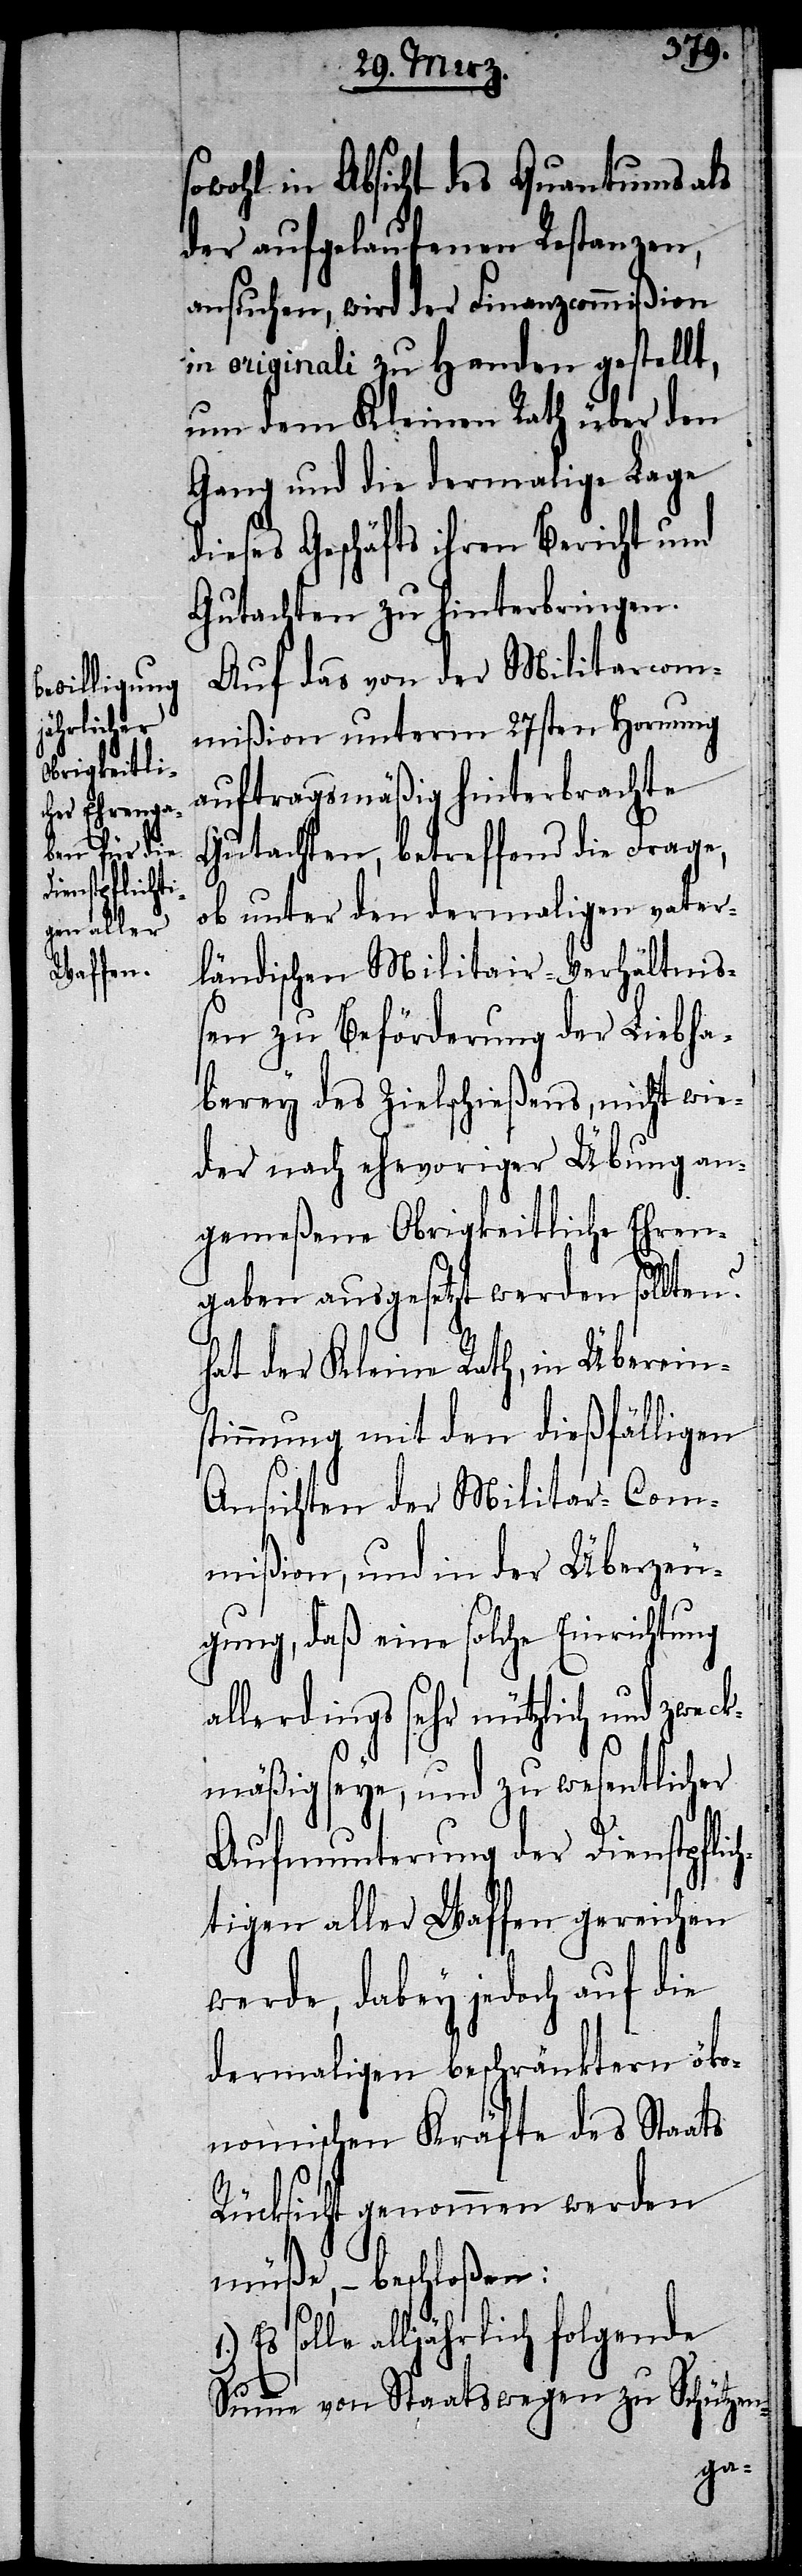
[sic!] in Absicht des Quantums als
der aufgelaufenen Restanzen,
ansuchen, wird der Finanzcommißion
in originali zu Handen gestellt,
um dem Kleinen Rath über den
Gang und die dermalige Lage
dieses Geschäfts ihren Bericht und
Gutachten zu hinterbringen.
Auf das von der Militarcom¬
mißion unterm 27sten Hornung
auftragsmäßig hinterbrachte
Gutachten, betreffend die Frage,
ob unter den dermaligen vater¬
ländischen Militair-Verhältniß¬
en zu Beförderung der Liebha¬
berey des Zielschießens, nicht wie¬
der nach ehevoriger Übung an¬
gemeßene Obrigkeitliche Ehren¬
gaben ausgesetzt werden sollten?
hat der Kleine Rath, in Überein¬
stimmung mit den dießfälligen
Ansichten der Militar-Com¬
mißion, und in der Überzeu¬
gung, daß eine solche Einrichtung
allerdings sehr nützlich und zweck¬
mäßig seye, und zu wesentlicher
Aufmunterung der Dienstpflic¬
htigen aller Waffen gereichen
werde, dabey jedoch auf die
dermaligen beschränktern öko¬
nomischen Kräfte des Staats
Rücksicht genommen werden
müße, – beschloßen:
Es solle alljährlich folgende
Summe von Staatswegen zu Schützen-